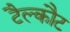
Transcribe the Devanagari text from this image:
टैल्कौट